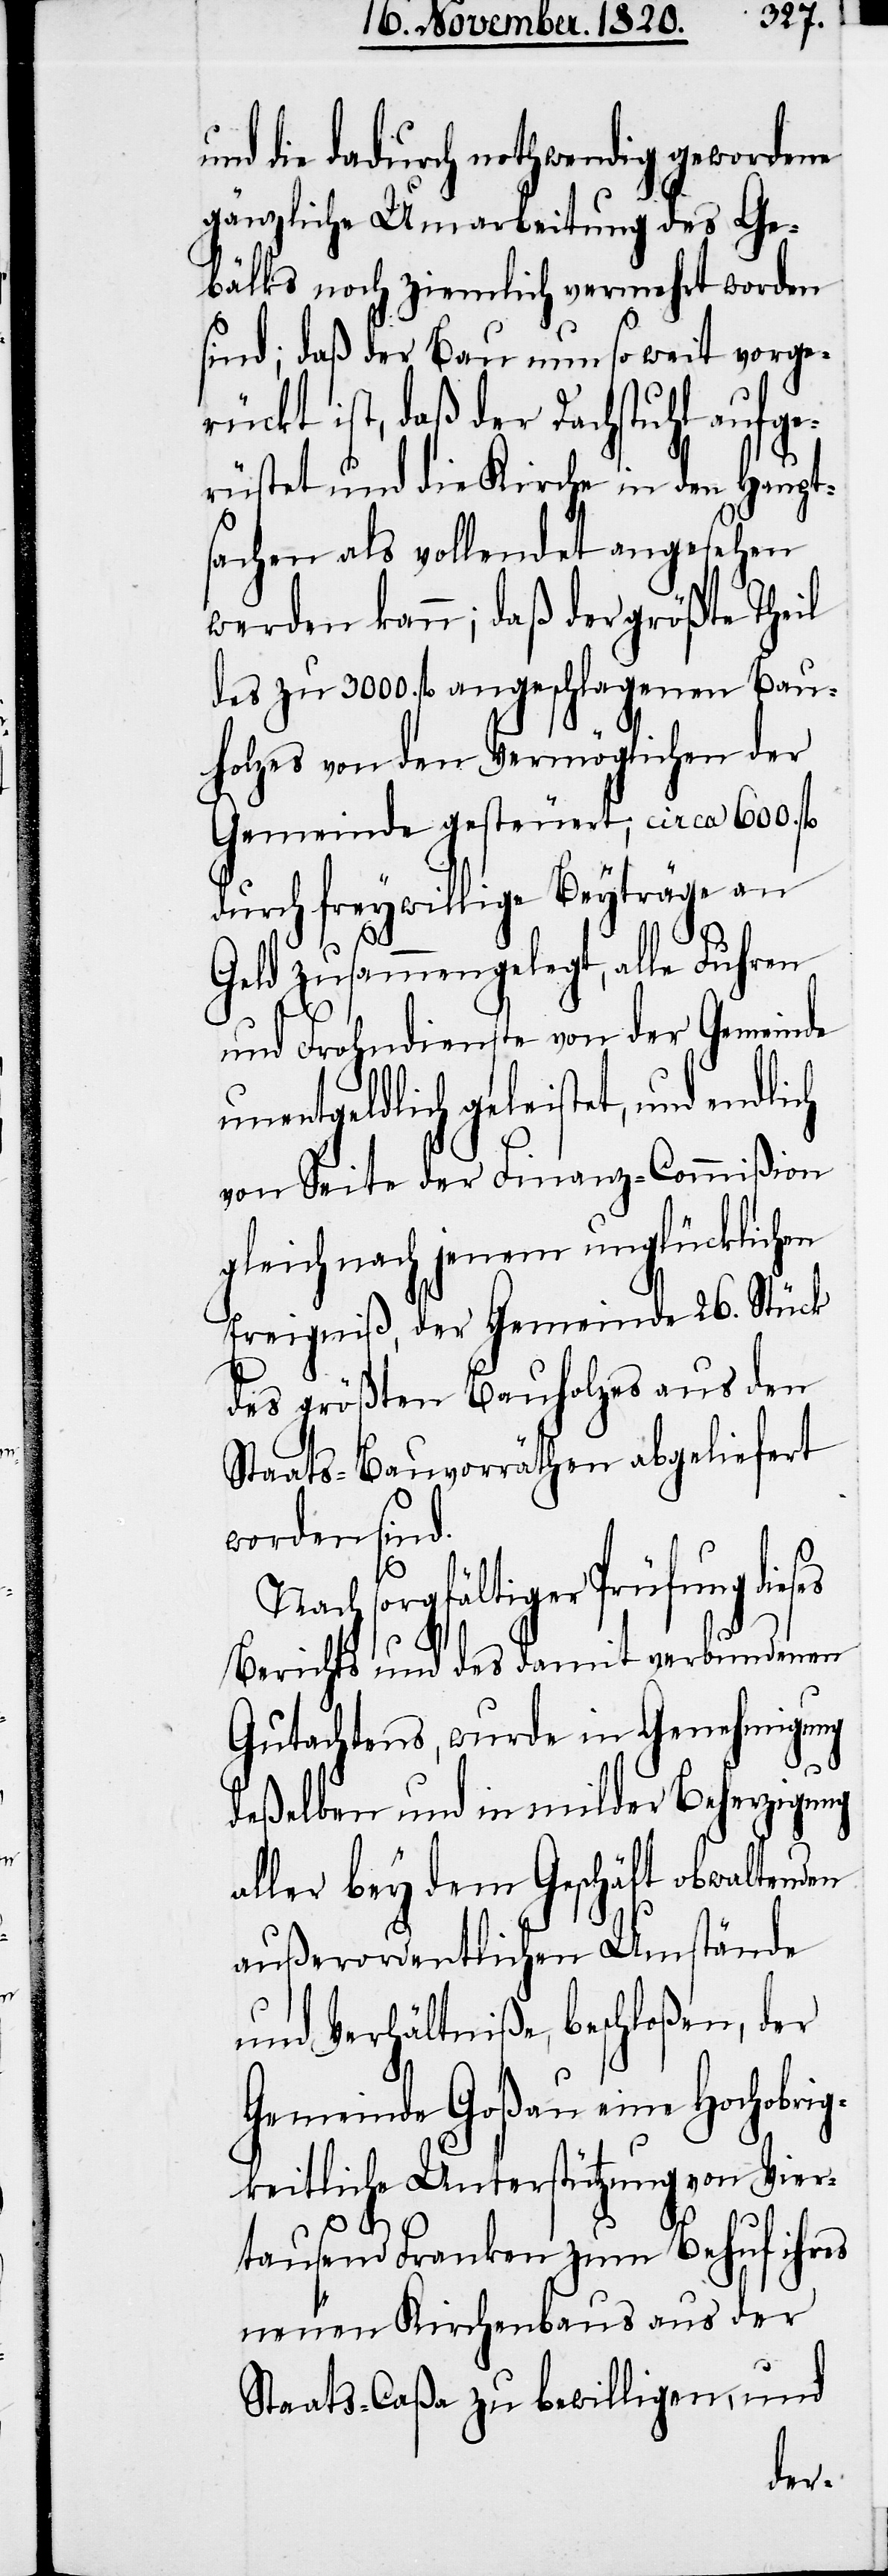
nd die dadurch nothwendig gewordenen
gänzliche Umarbeitung des Ge¬
bälks noch ziemlich vermehrt worden
sind; daß der Bau nun so weit vorge¬
rückt ist, daß der Fachstuhl aufge¬
rüstet und die Kirche in den Haupt¬
sachen als vollendet angesehen
werden kann; daß der größte Theil
des zu 3000. fl. angeschlagenen Bau¬
holzes von den Vermöglichen der
Gemeinde gesteuert, circa 600. fl.
durch freywillige Beyträge an
Geld zusammengelegt, alle Fuhren
und Frohndienste von der Gemeinde
unentgeldlich geleistet, und endlich
von Seite der Finanz-Commißion
gleich nach jenem unglücklichen
Ereigniß, der Gemeinde 26. Stück
des größten Bauholzes aus den
Staats-Bauvorräthen abgeliefert
worden sind.
Nach sorgfältiger Prüfung dieses
Berichts und des damit verbundenen
ehmigung
Gutachtens, wurde in Gen¬
deßelben und in milder Beherzigung
aller bey dem Geschäft obwaltenden
außerordentlichen Umstände
und Verhältniße, beschloßen, der
Gemeinde Goßau eine Hochobrig¬
keitliche Unterstützung von Vier¬
u¬
tausend Franken zum Behuf ihres
neuen Kirchenbaus aus der
Staats-Caßa zu bewilligen, und